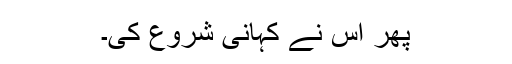
پھر اس نے کہانی شروع کی۔